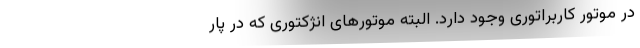
در موتور کاربراتوری وجود دارد. البته موتور‌های انژکتوری که در پار